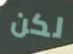
لكن